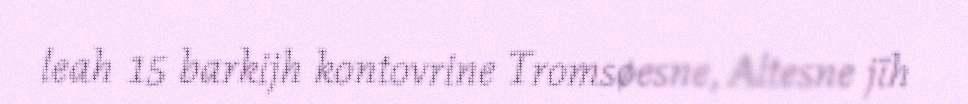
leah 15 barkijh kontovrine Tromsøesne, Altesne jïh